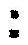
: